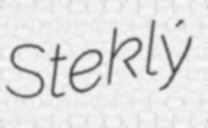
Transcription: Steklý